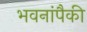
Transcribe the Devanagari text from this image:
भवनांपैकी